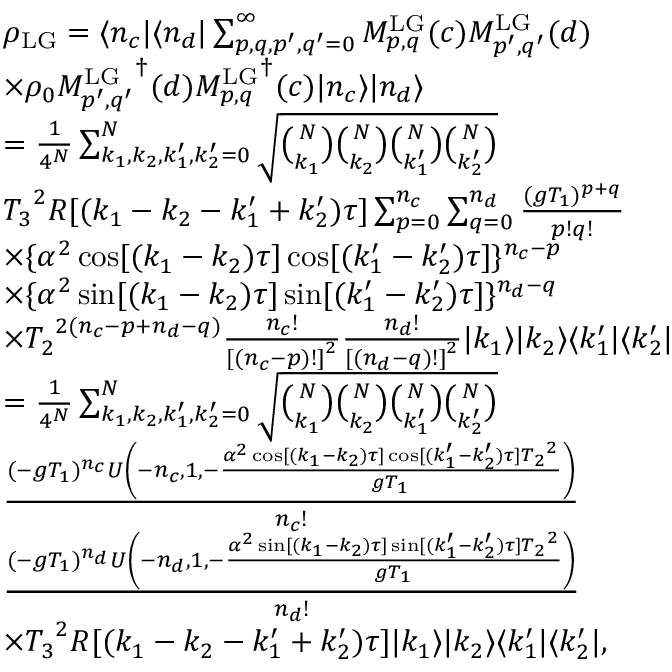
\begin{array} { r l } & { \rho _ { \mathrm { L G } } = \langle n _ { c } | \langle n _ { d } | \sum _ { p , q , p ^ { \prime } , q ^ { \prime } = 0 } ^ { \infty } M _ { p , q } ^ { \mathrm { L G } } ( c ) M _ { p ^ { \prime } , q ^ { \prime } } ^ { \mathrm { L G } } ( d ) } \\ & { \times \rho _ { 0 } { M _ { p ^ { \prime } , q ^ { \prime } } ^ { \mathrm { L G } } } ^ { \dagger } ( d ) { M _ { p , q } ^ { \mathrm { L G } } } ^ { \dagger } ( c ) | n _ { c } \rangle | n _ { d } \rangle } \\ & { = \frac { 1 } { 4 ^ { N } } \sum _ { k _ { 1 } , k _ { 2 } , k _ { 1 } ^ { \prime } , k _ { 2 } ^ { \prime } = 0 } ^ { N } \sqrt { \binom { N } { k _ { 1 } } \binom { N } { k _ { 2 } } \binom { N } { k _ { 1 } ^ { \prime } } \binom { N } { k _ { 2 } ^ { \prime } } } } \\ & { { T _ { 3 } } ^ { 2 } R [ ( k _ { 1 } - k _ { 2 } - k _ { 1 } ^ { \prime } + k _ { 2 } ^ { \prime } ) \tau ] \sum _ { p = 0 } ^ { n _ { c } } \sum _ { q = 0 } ^ { n _ { d } } \frac { ( g T _ { 1 } ) ^ { p + q } } { p ! q ! } } \\ & { \times \{ \alpha ^ { 2 } \cos [ ( k _ { 1 } - k _ { 2 } ) \tau ] \cos [ ( k _ { 1 } ^ { \prime } - k _ { 2 } ^ { \prime } ) \tau ] \} ^ { n _ { c } - p } } \\ & { \times \{ \alpha ^ { 2 } \sin [ ( k _ { 1 } - k _ { 2 } ) \tau ] \sin [ ( k _ { 1 } ^ { \prime } - k _ { 2 } ^ { \prime } ) \tau ] \} ^ { n _ { d } - q } } \\ & { \times { T _ { 2 } } ^ { 2 ( n _ { c } - p + n _ { d } - q ) } \frac { n _ { c } ! } { { [ ( n _ { c } - p ) ! ] } ^ { 2 } } \frac { n _ { d } ! } { { [ ( n _ { d } - q ) ! ] } ^ { 2 } } | k _ { 1 } \rangle | k _ { 2 } \rangle \langle k _ { 1 } ^ { \prime } | \langle k _ { 2 } ^ { \prime } | } \\ & { = \frac { 1 } { 4 ^ { N } } \sum _ { k _ { 1 } , k _ { 2 } , k _ { 1 } ^ { \prime } , k _ { 2 } ^ { \prime } = 0 } ^ { N } \sqrt { \binom { N } { k _ { 1 } } \binom { N } { k _ { 2 } } \binom { N } { k _ { 1 } ^ { \prime } } \binom { N } { k _ { 2 } ^ { \prime } } } } \\ & { \frac { ( - g { T _ { 1 } } ) ^ { { n _ { c } } } U \left( - { n _ { c } } , 1 , - \frac { \alpha ^ { 2 } \cos [ ( { k _ { 1 } } - { k _ { 2 } } ) \tau ] \cos [ ( { k _ { 1 } ^ { \prime } } - { k _ { 2 } ^ { \prime } } ) \tau ] { T _ { 2 } } ^ { 2 } } { g { T _ { 1 } } } \right) } { { n _ { c } } ! } } \\ & { \frac { ( - g { T _ { 1 } } ) ^ { { n _ { d } } } U \left( - { n _ { d } } , 1 , - \frac { \alpha ^ { 2 } \sin [ ( { k _ { 1 } } - { k _ { 2 } } ) \tau ] \sin [ ( { k _ { 1 } ^ { \prime } } - { k _ { 2 } ^ { \prime } } ) \tau ] { T _ { 2 } } ^ { 2 } } { g { T _ { 1 } } } \right) } { { n _ { d } } ! } } \\ & { \times { T _ { 3 } } ^ { 2 } R [ ( k _ { 1 } - k _ { 2 } - k _ { 1 } ^ { \prime } + k _ { 2 } ^ { \prime } ) \tau ] | k _ { 1 } \rangle | k _ { 2 } \rangle \langle k _ { 1 } ^ { \prime } | \langle k _ { 2 } ^ { \prime } | , } \end{array}